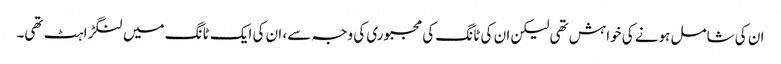
ان کی شامل ہونے کی خواہش تھی لیکن ان کی ٹانگ کی مجبوری کی وجہ سے، ان کی ایک ٹانگ میں لنگڑاہٹ تھی۔